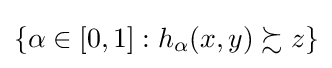
\{\alpha \in [0,1]:h_{\alpha }(x,y)\succsim z\}